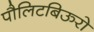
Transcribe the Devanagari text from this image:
पौलिटबिऊरो